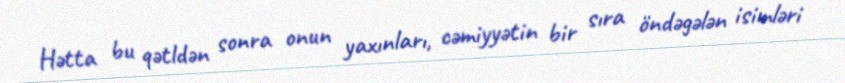
Hətta bu qətldən sonra onun yaxınları, cəmiyyətin bir sıra öndəgələn isimləri